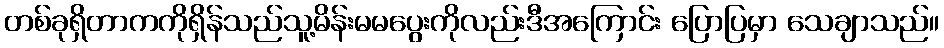
တစ်ခုရှိတာကကိုရှိန်သည်သူ့မိန်းမမပွေးကိုလည်းဒီအကြောင်း ပြောပြမှာ သေချာသည်။